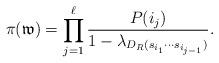
LaTeX: \begin{align*}\pi(\mathfrak w) = \prod_{j=1}^\ell \frac{P(i_j)}{1-\lambda_{D_R(s_{i_1} \cdots s_{i_{j-1}})}}.\end{align*}